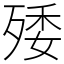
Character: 𣨙